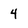
Character: 4